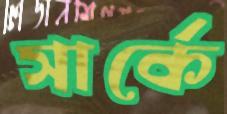
সার্কে